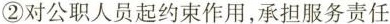
②对公职人员起约束作用，承担服务责任